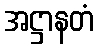
အဋ္ဌာနတံ